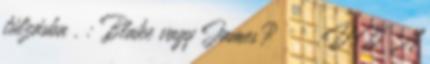
túlzásba . : Blake vagy James? ^^ :D:D A